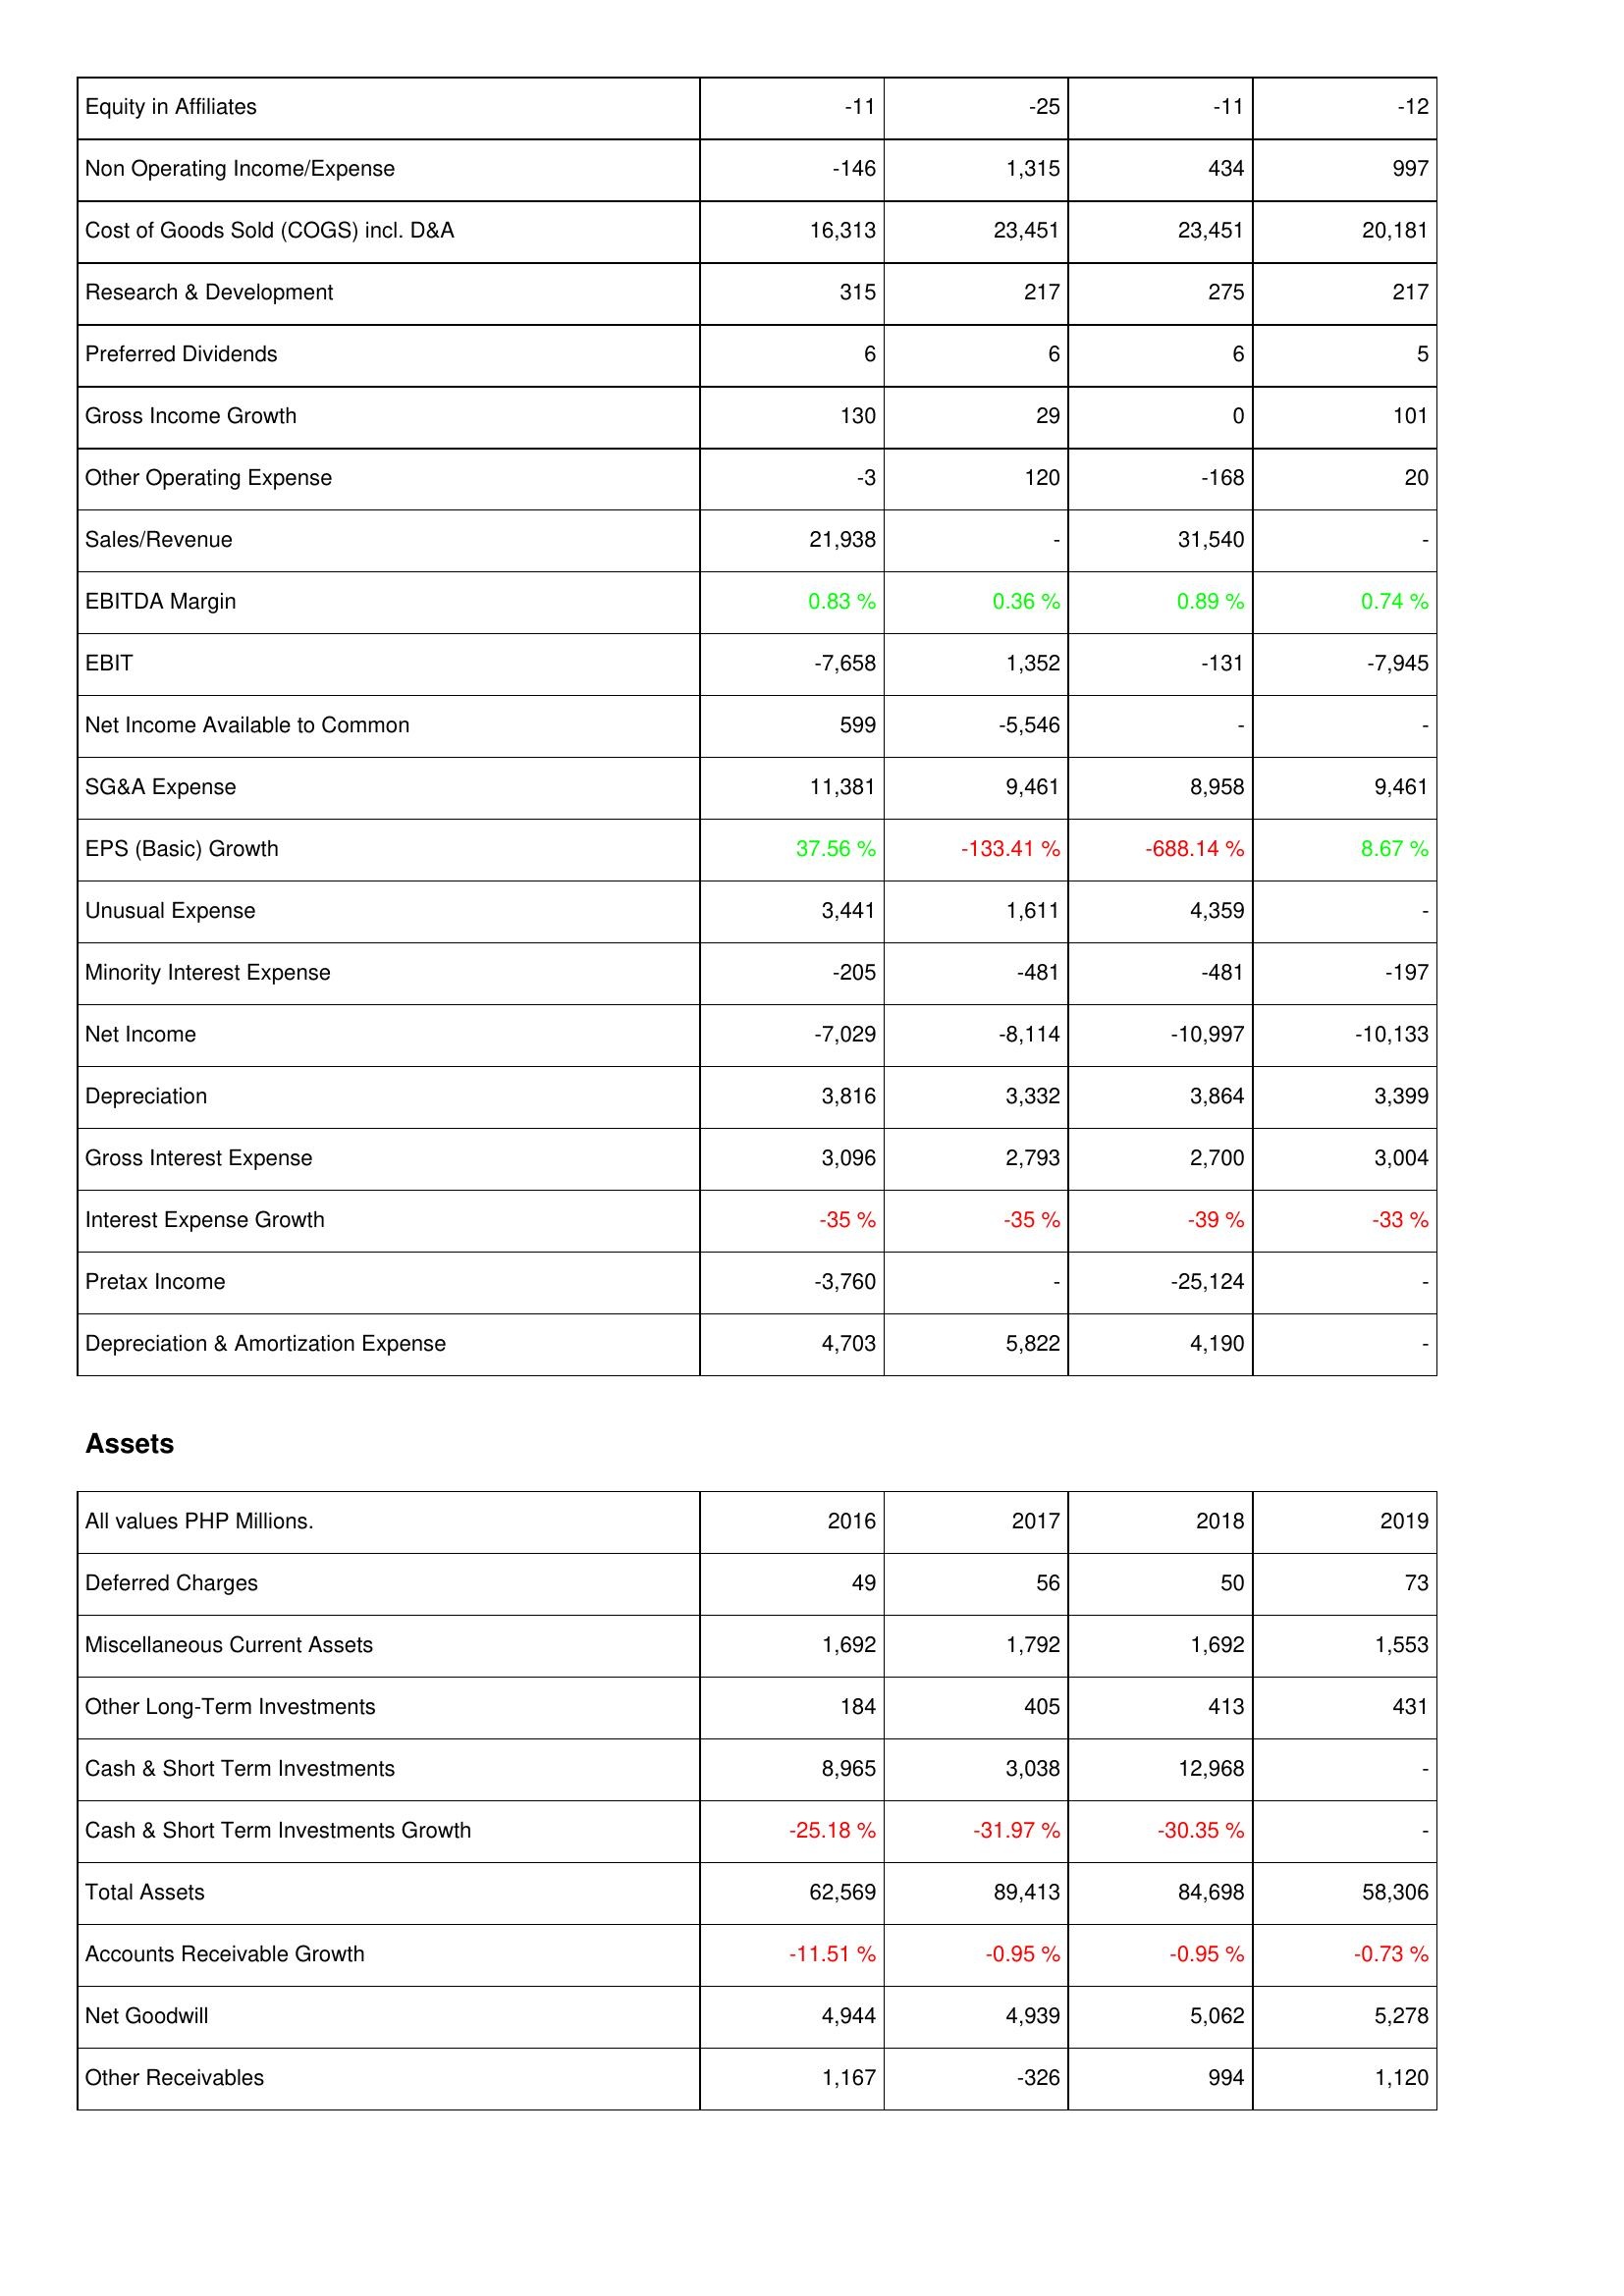
2016: Income Statement: Equity in Affiliates: -11
Non Operating Income/Expense: -146
Cost of Goods Sold (COGS) incl. D&A: 16,313
Research & Development: 315
Preferred Dividends: 6
Gross Income Growth: 130
Other Operating Expense: -3
Sales/Revenue: 21,938
EBITDA Margin: 0.83 %
EBIT: -7,658
Net Income Available to Common: 599
SG&A Expense: 11,381
EPS (Basic) Growth: 37.56 %
Unusual Expense: 3,441
Minority Interest Expense: -205
Net Income: -7,029
Depreciation: 3,816
Gross Interest Expense: 3,096
Interest Expense Growth: -35 %
Pretax Income: -3,760
Depreciation & Amortization Expense: 4,703
Assets: Deferred Charges: 49
Miscellaneous Current Assets: 1,692
Other Long-Term Investments: 184
Cash & Short Term Investments: 8,965
Cash & Short Term Investments Growth: -25.18 %
Total Assets: 62,569
Accounts Receivable Growth: -11.51 %
Net Goodwill: 4,944
Other Receivables: 1,167
2017: Income Statement: Equity in Affiliates: -25
Non Operating Income/Expense: 1,315
Cost of Goods Sold (COGS) incl. D&A: 23,451
Research & Development: 217
Preferred Dividends: 6
Gross Income Growth: 29
Other Operating Expense: 120
Sales/Revenue: -
EBITDA Margin: 0.36 %
EBIT: 1,352
Net Income Available to Common: -5,546
SG&A Expense: 9,461
EPS (Basic) Growth: -133.41 %
Unusual Expense: 1,611
Minority Interest Expense: -481
Net Income: -8,114
Depreciation: 3,332
Gross Interest Expense: 2,793
Interest Expense Growth: -35 %
Pretax Income: -
Depreciation & Amortization Expense: 5,822
Assets: Deferred Charges: 56
Miscellaneous Current Assets: 1,792
Other Long-Term Investments: 405
Cash & Short Term Investments: 3,038
Cash & Short Term Investments Growth: -31.97 %
Total Assets: 89,413
Accounts Receivable Growth: -0.95 %
Net Goodwill: 4,939
Other Receivables: -326
2018: Income Statement: Equity in Affiliates: -11
Non Operating Income/Expense: 434
Cost of Goods Sold (COGS) incl. D&A: 23,451
Research & Development: 275
Preferred Dividends: 6
Gross Income Growth: 0
Other Operating Expense: -168
Sales/Revenue: 31,540
EBITDA Margin: 0.89 %
EBIT: -131
Net Income Available to Common: -
SG&A Expense: 8,958
EPS (Basic) Growth: -688.14 %
Unusual Expense: 4,359
Minority Interest Expense: -481
Net Income: -10,997
Depreciation: 3,864
Gross Interest Expense: 2,700
Interest Expense Growth: -39 %
Pretax Income: -25,124
Depreciation & Amortization Expense: 4,190
Assets: Deferred Charges: 50
Miscellaneous Current Assets: 1,692
Other Long-Term Investments: 413
Cash & Short Term Investments: 12,968
Cash & Short Term Investments Growth: -30.35 %
Total Assets: 84,698
Accounts Receivable Growth: -0.95 %
Net Goodwill: 5,062
Other Receivables: 994
2019: Income Statement: Equity in Affiliates: -12
Non Operating Income/Expense: 997
Cost of Goods Sold (COGS) incl. D&A: 20,181
Research & Development: 217
Preferred Dividends: 5
Gross Income Growth: 101
Other Operating Expense: 20
Sales/Revenue: -
EBITDA Margin: 0.74 %
EBIT: -7,945
Net Income Available to Common: -
SG&A Expense: 9,461
EPS (Basic) Growth: 8.67 %
Unusual Expense: -
Minority Interest Expense: -197
Net Income: -10,133
Depreciation: 3,399
Gross Interest Expense: 3,004
Interest Expense Growth: -33 %
Pretax Income: -
Depreciation & Amortization Expense: -
Assets: Deferred Charges: 73
Miscellaneous Current Assets: 1,553
Other Long-Term Investments: 431
Cash & Short Term Investments: -
Cash & Short Term Investments Growth: -
Total Assets: 58,306
Accounts Receivable Growth: -0.73 %
Net Goodwill: 5,278
Other Receivables: 1,120